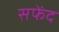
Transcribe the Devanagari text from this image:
सफेंद